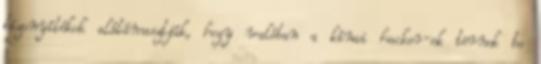
bizonyítékok alátámasztják, hogy valóban a kínai hacker-ek törnek be